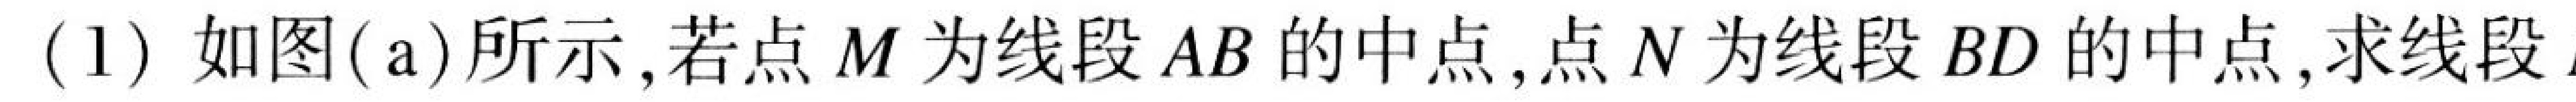
(1) 如图(a)所示,若点 \(M\) 为线段 \(AB\) 的中点,点 \(N\) 为线段 \(BD\) 的中点,求线段